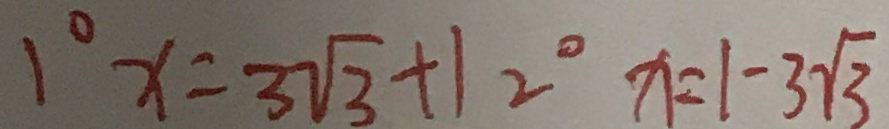
1 ^ { \circ } x = 3 \sqrt { 3 } + 1 2 ^ { \circ } x = 1 - 3 \sqrt { 3 }